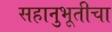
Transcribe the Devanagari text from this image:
सहानुभूतीचा